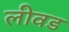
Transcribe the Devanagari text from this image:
लीवड